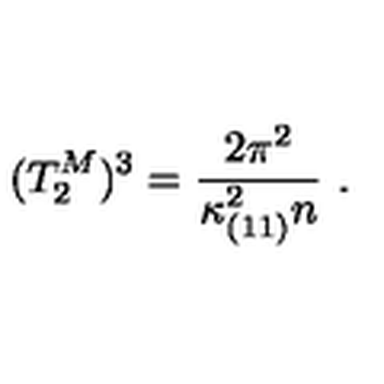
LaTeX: ( T _ { 2 } ^ { M } ) ^ { 3 } = { \frac { 2 \pi ^ { 2 } } { \kappa _ { ( 1 1 ) } ^ { 2 } n } } \ .